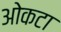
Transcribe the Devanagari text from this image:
ओकटा